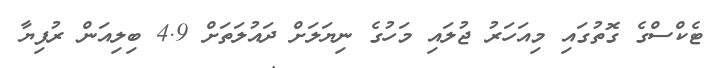
ޓެކްސްގެ ގޮތުގައި މިއަހަރު ޖުލައި މަހުގެ ނިޔަލަށް ދައުލަތަށް 4.9 ބިލިއަން ރުފިޔާ